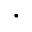
\cdot